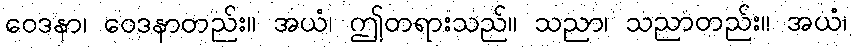
ဝေဒနာ၊ ဝေဒနာတည်း။ အယံ၊ ဤတရားသည်။ သညာ၊ သညာတည်း။ အယံ၊